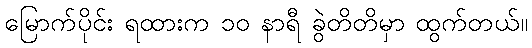
မြောက်ပိုင်း ရထားက ၁၀ နာရီ ခွဲတိတိမှာ ထွက်တယ်။